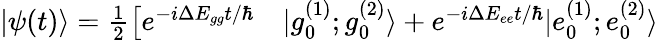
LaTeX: \begin{array}{rl}{|\psi(t)\rangle=\frac{1}{2}\big[e^{-i\Delta E_{gg}t/\hbar}}&{{}|g_{0}^{(1)};g_{0}^{(2)}\rangle+e^{-i\Delta E_{ee}t/\hbar}|e_{0}^{(1)};e_{0}^{(2)}\rangle}\end{array}